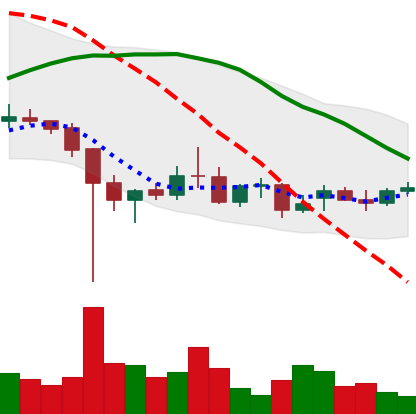
Ticker: XRP-USD
Chart end date: 2021-12-19
Forward return: 9.223%
Label: up_7plus